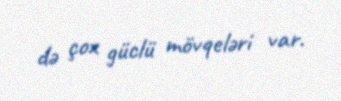
də çox güclü mövqeləri var.